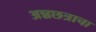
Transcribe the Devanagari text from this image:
अन्नछत्राचा